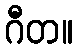
ဂီတ။